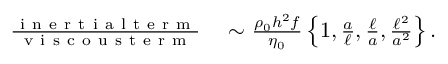
\begin{array} { r l } { \frac { \mathrm { ~ i ~ n ~ e ~ r ~ t ~ i ~ a ~ l ~ t ~ e ~ r ~ m ~ } } { \mathrm { ~ v ~ i ~ s ~ c ~ o ~ u ~ s ~ t ~ e ~ r ~ m ~ } } } & { { } \sim \frac { \rho _ { 0 } h ^ { 2 } f } { \eta _ { 0 } } \left\{ 1 , \frac { a } { \ell } , \frac { \ell } { a } , \frac { \ell ^ { 2 } } { a ^ { 2 } } \right\} . } \end{array}